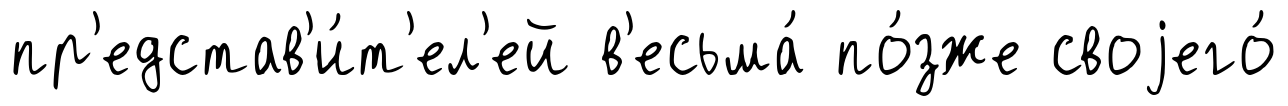
пр'едстав'и́т'ел'ей в'есьма́ по́зже своjего́